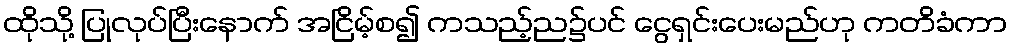
ထိုသို့ ပြုလုပ်ပြီးနောက် အငြိမ့်စ၍ ကသည့်ည၌ပင် ငွေရှင်းပေးမည်ဟု ကတိခံကာ